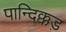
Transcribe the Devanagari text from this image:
पान्दिक्कड़